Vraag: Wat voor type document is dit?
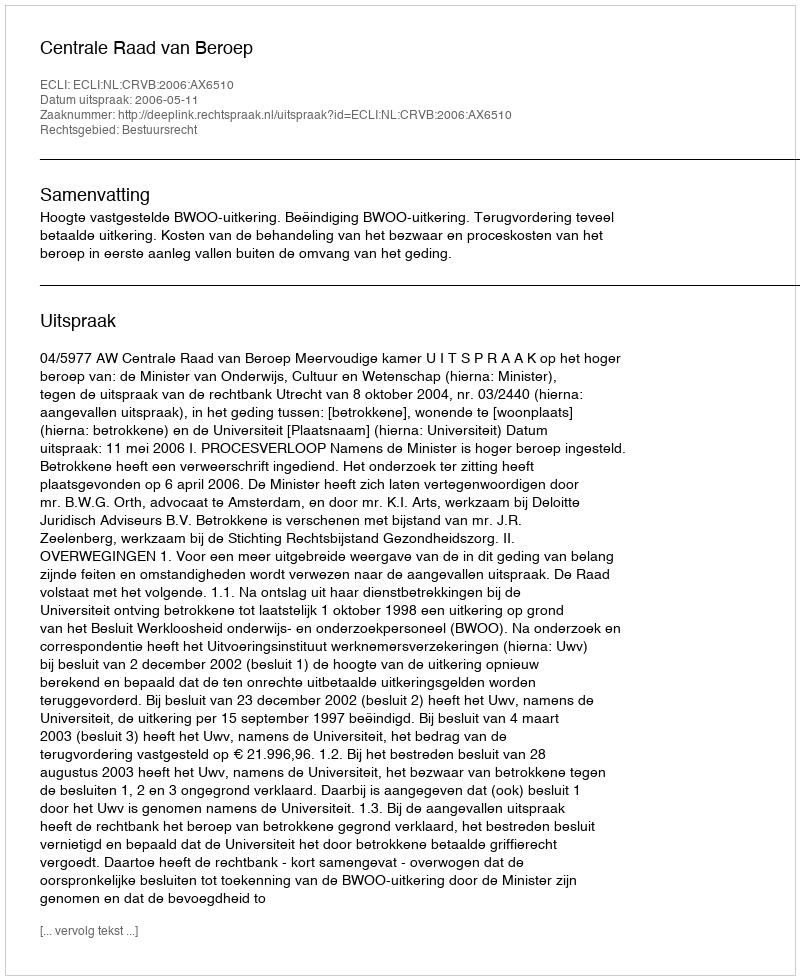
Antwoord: Uitspraak